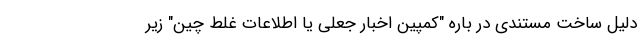
دلیل ساخت مستندی در باره "کمپین اخبار جعلی یا اطلاعات غلط چین" زیر